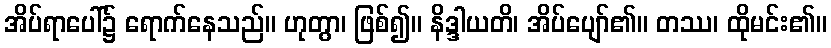
အိပ်ရာပေါ်၌ ရောက်နေသည်။ ဟုတွာ၊ ဖြစ်၍။ နိဒ္ဒါယတိ၊ အိပ်ပျော်၏။ တဿ၊ ထိုမင်း၏။